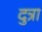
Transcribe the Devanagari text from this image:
दुत्रा